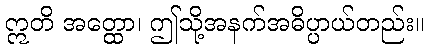
ဣတိ အတ္ထော၊ ဤသို့အနက်အဓိပ္ပာယ်တည်း။